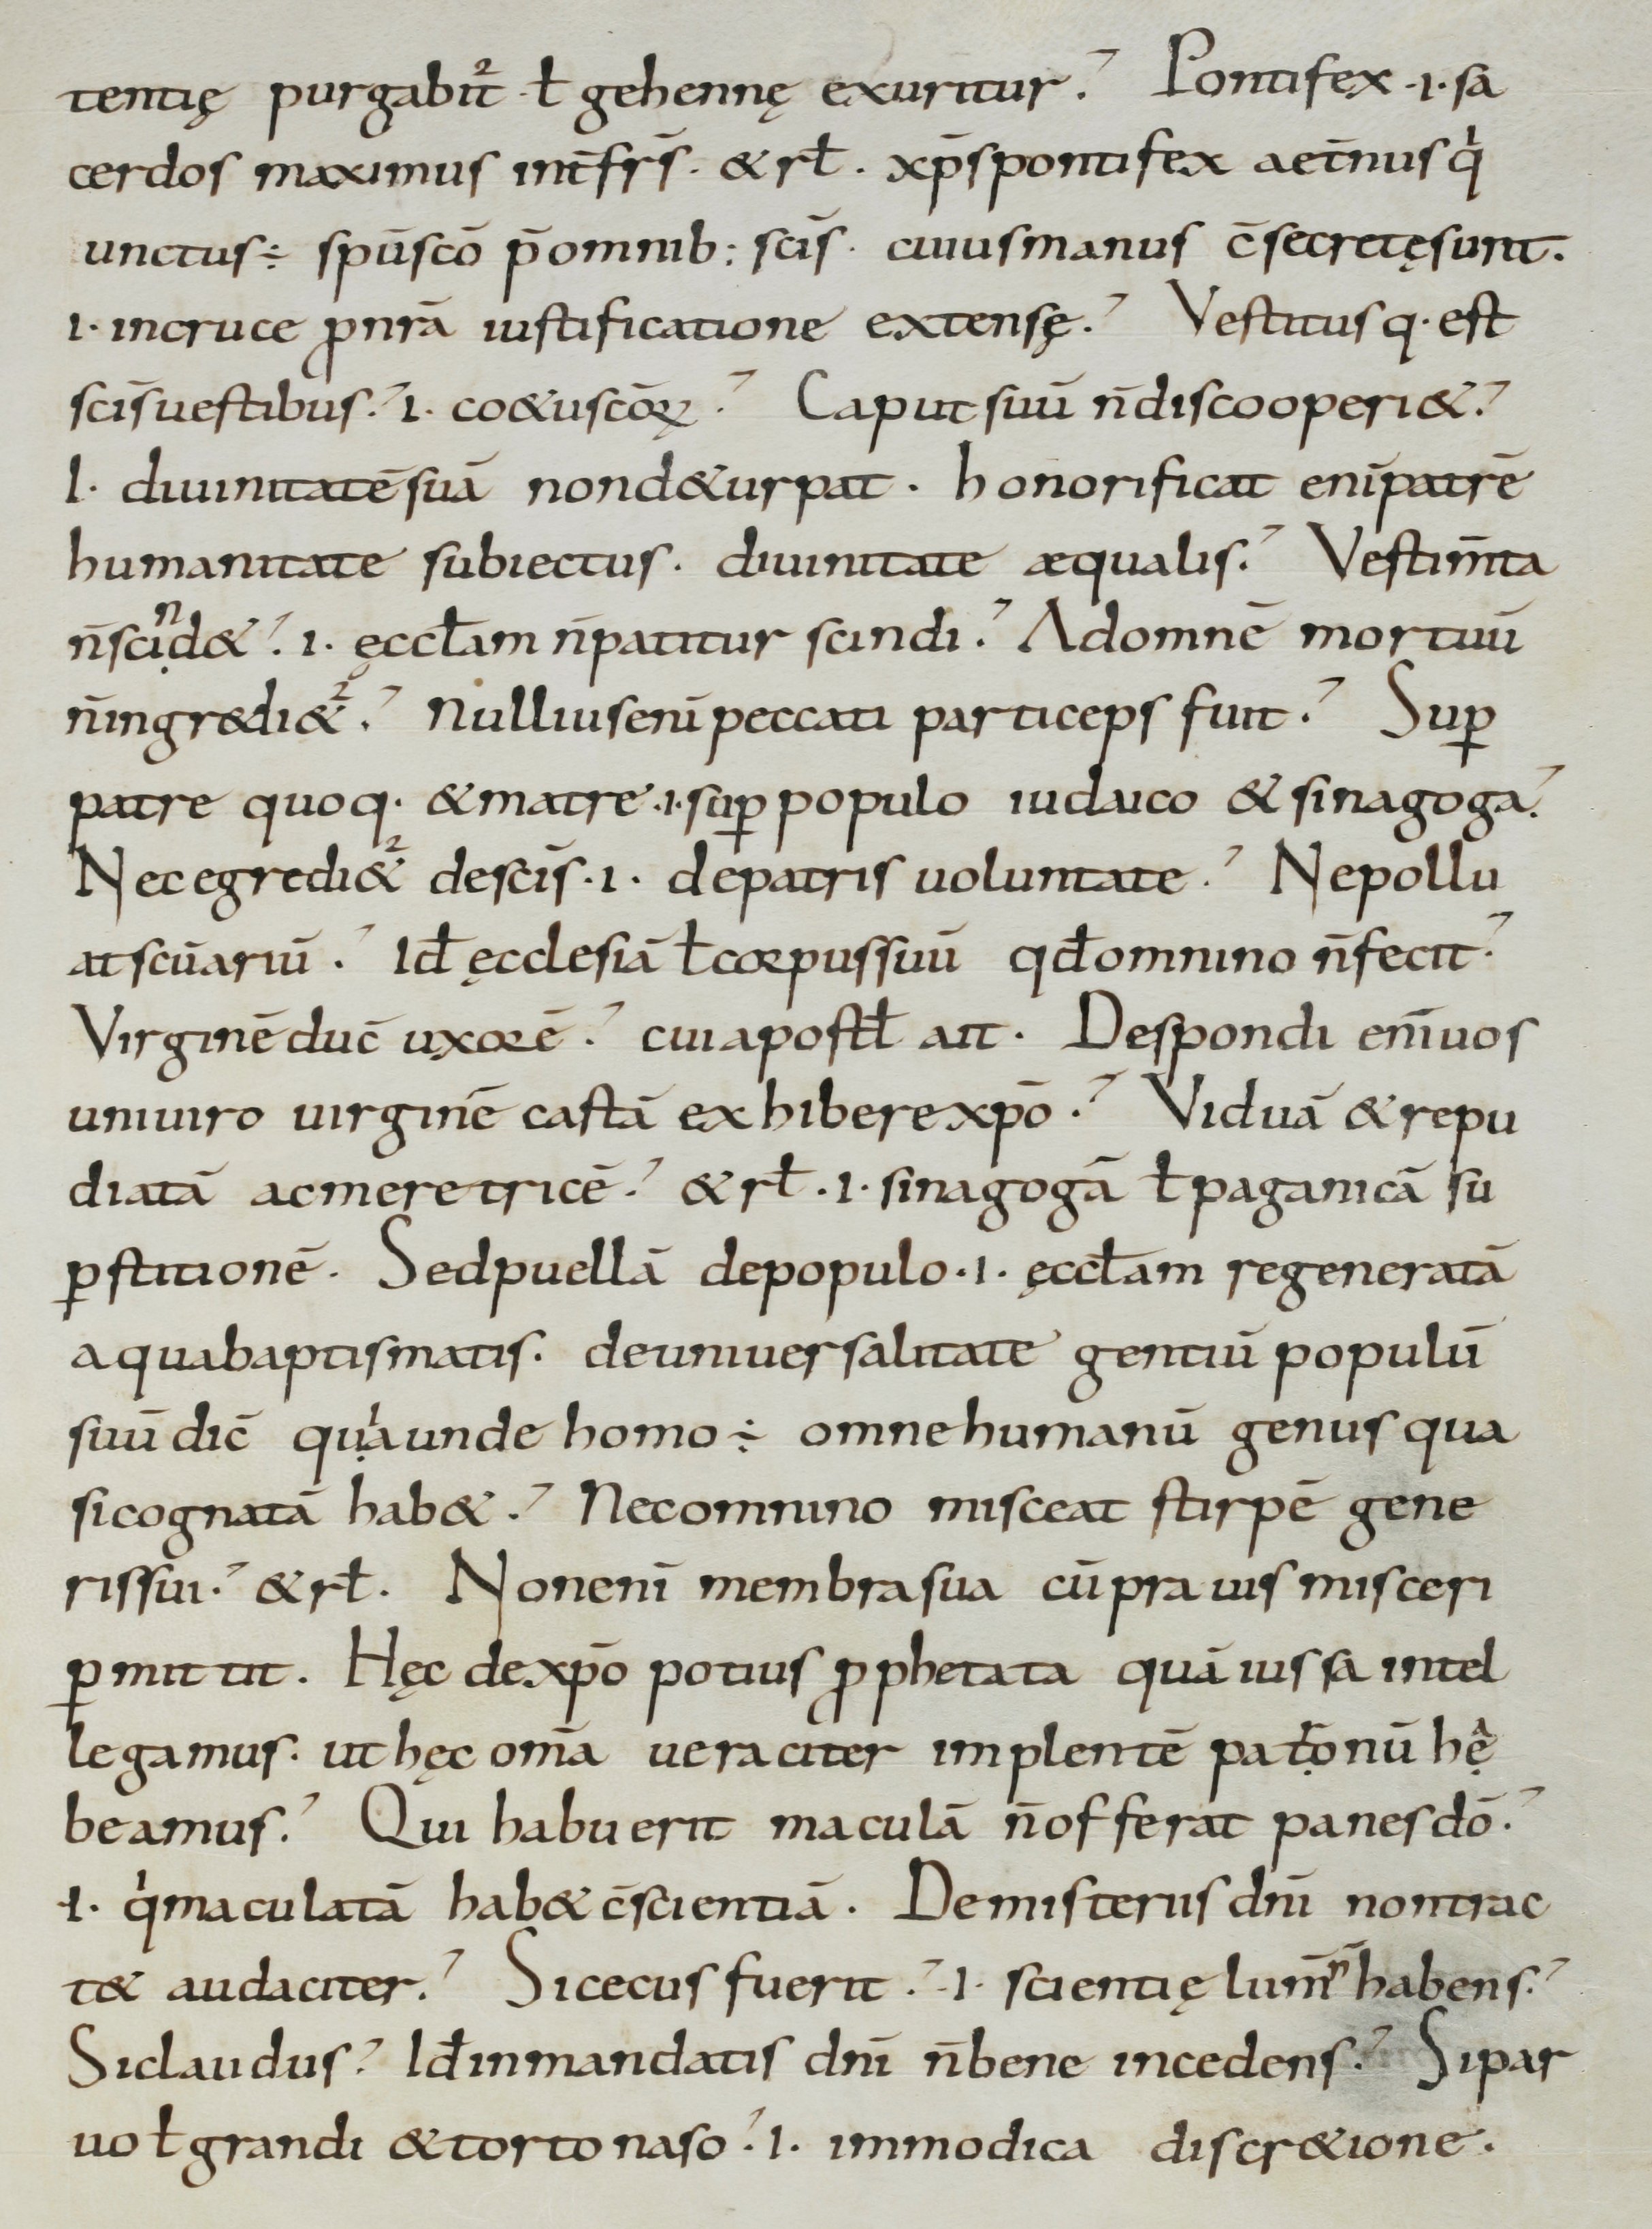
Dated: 800–899